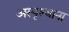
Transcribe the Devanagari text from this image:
अस्पृश्याना